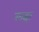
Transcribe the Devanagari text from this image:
खइरं